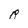
Character: R